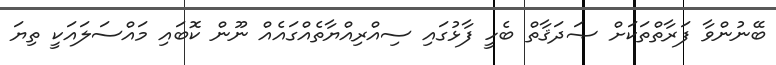
ބޭނުންވާ ފަރާތްތަކަށް ޞަދަޤާތް ބެހީ ފާޅުގައި ސިއްރިއްޔާތެއްގައެއް ނޫން ކޮބައި މައްސަލައަކީ ތިޔަ